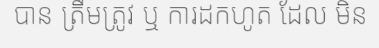
បាន ត្រឹមត្រូវ ឬ ការដកហូត ដែល មិន